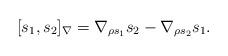
LaTeX: \begin{align*}\lbrack s_{1},s_{2}]_{\nabla}=\nabla_{\rho s_{1}}s_{2}-\nabla_{\rho s_{2}}s_{1}.\end{align*}